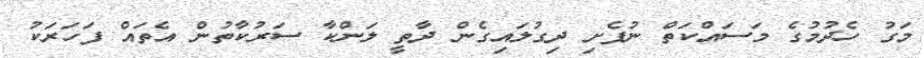
މަގު ހެދުމުގެ މަސައްކަތް ނުފެށި ދިގުލައިގެން ދާތީ ލަންކާ ސަރުކާތުން އެތައް ފަހަރަކު